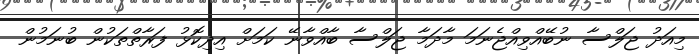
މިއަދު ޖަލްސާ ނުބޭއްވިއްޖެނަމަ މާދަމާ ޖަލްސާ ބާއްވާނޭ ކަމަށް އިދިކޮޅު ފަރާތްތަކުން ބުނަމުން